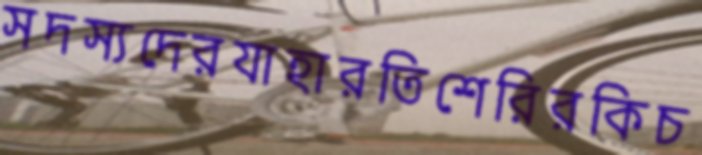
সদস্যদেরযাহারতিশেরিরকিচ